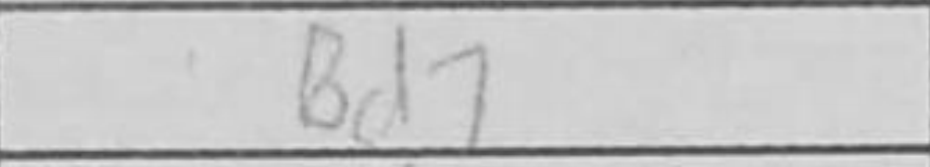
Transcription: Bd7